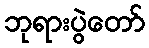
ဘုရားပွဲတော်